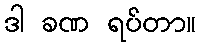
ဒါ ခဏ ရပ်တာ။